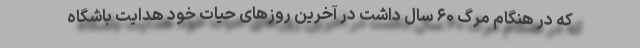
که در هنگام مرگ ۶۰ سال داشت در آخرین روزهای حیات خود هدایت باشگاه